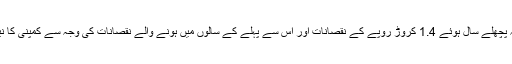
ڈائرکٹر وں کی رپورٹ میں یہ کہا گیا کہ پچھلے سال ہوئے 1.4 کروڑ روپے کے نقصانات اور اس سے پہلے کے سالوں میں ہونے والے نقصانات کی وجہ سے کمپنی کا نیٹ ورتھ پوری طرح سے ختم ہو گیا ہے۔